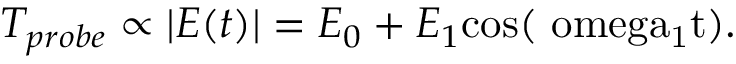
T _ { p r o b e } \propto \lvert E ( t ) \rvert = E _ { 0 } + E _ { 1 } \mathrm { { c o s } ( \ o m e g a _ { 1 } t ) . }